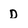
Character: D